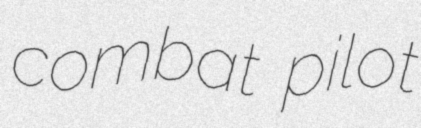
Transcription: combat pilot